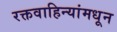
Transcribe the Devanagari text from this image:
रक्तवाहिन्यांमधून